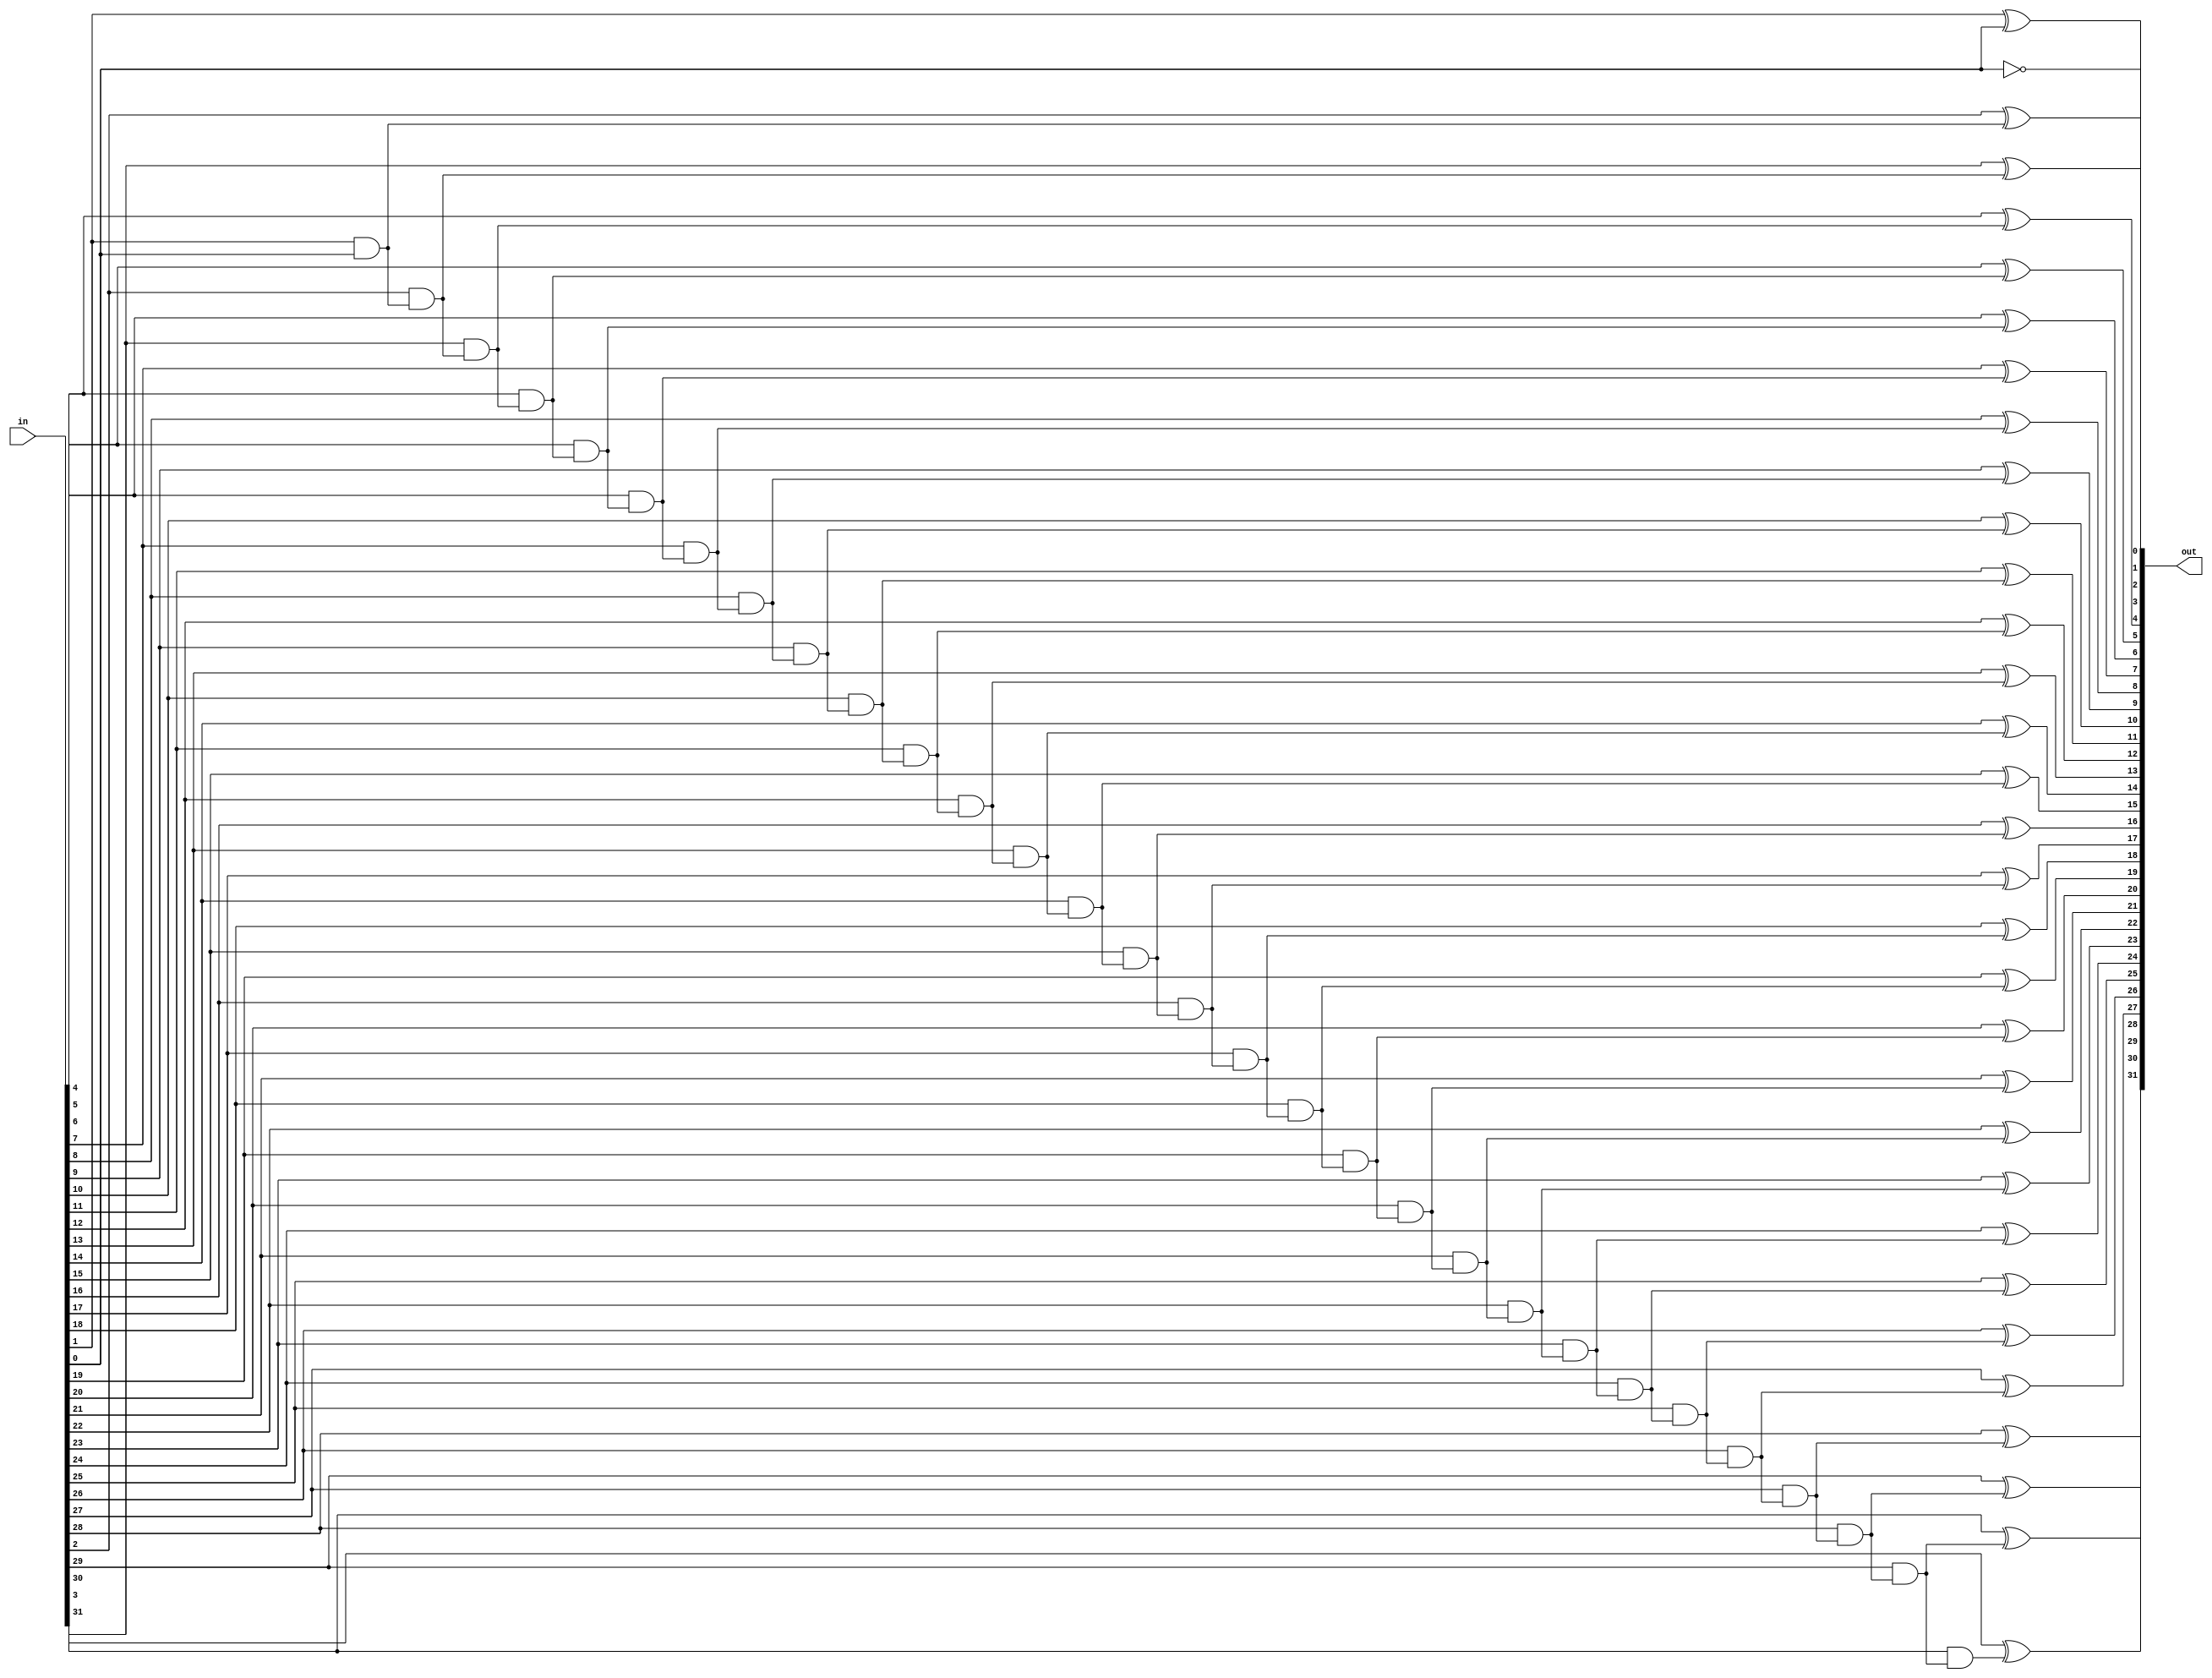
// half adder incrementer
module inc #(
    parameter W = 32
) (
    input [W-1:0] in,
    output [W-1:0] out
);

  /*verilator lint_off UNOPTFLAT*/
  wire [W:0] carry;
  /*verilator lint_on UNOPTFLAT*/
  assign carry[0] = 1;

  genvar i;
  generate
    for (i = 0; i < W; i = i + 1) begin : inc
      assign out[i] = in[i] ^ carry[i];
      assign carry[i+1] = in[i] & carry[i];
    end
  endgenerate

endmodule